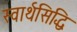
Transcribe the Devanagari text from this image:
स्वार्थसिद्धि